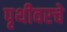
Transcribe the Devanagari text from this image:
पृथीवरचे